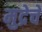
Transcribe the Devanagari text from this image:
मुद्रेचे